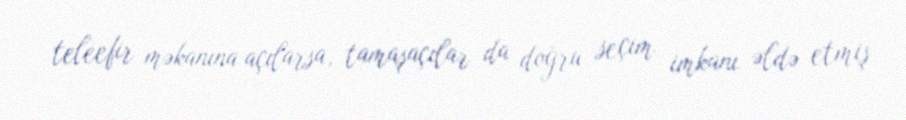
teleefir məkanına açılarsa, tamaşaçılar da doğru seçim imkanı əldə etmiş